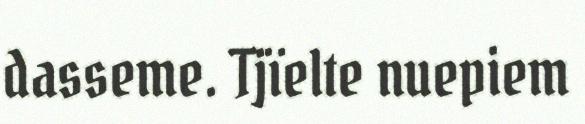
dasseme. Tjïelte nuepiem